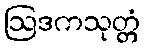
ဩဒကသုတ္တံ